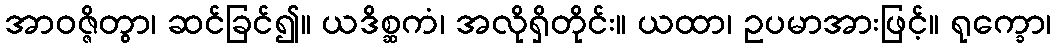
အာဝဇ္ဇိတွာ၊ ဆင်ခြင်၍။ ယဒိစ္ဆကံ၊ အလိုရှိတိုင်း။ ယထာ၊ ဥပမာအားဖြင့်။ ရုက္ခော၊